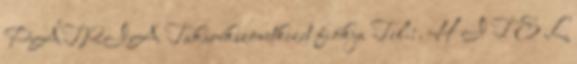
PÁTRIA Takarékszövetkezet fiókja Tel.:. H I T E L